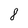
Character: 8